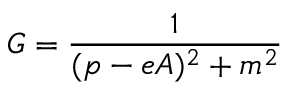
G = \frac { 1 } { ( p - e A ) ^ { 2 } + m ^ { 2 } }